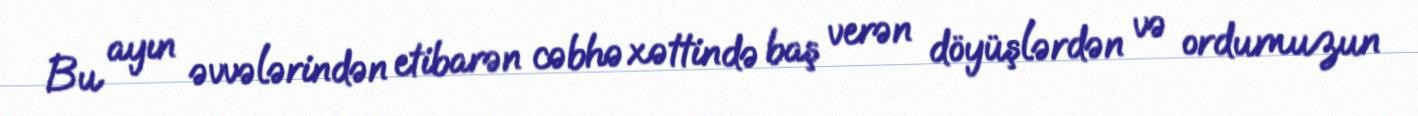
Bu ayın əvvələrindən etibarən cəbhə xəttində baş verən döyüşlərdən və ordumuzun